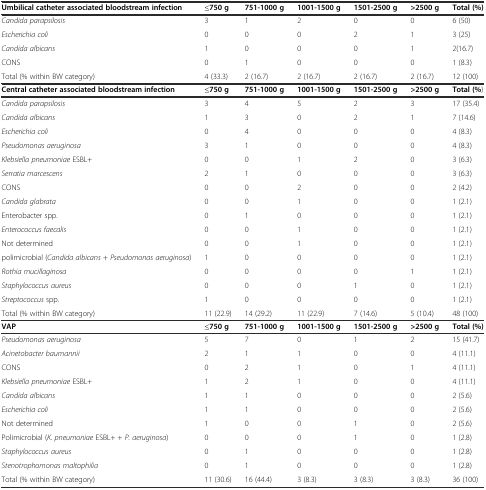
<table><thead><tr><td><b>Umbilical catheter associated bloodstream infection</b></td><td><b>≤750 g</b></td><td><b>751-1000 g</b></td><td><b>1001-1500 g</b></td><td><b>1501-2500 g</b></td><td><b>&gt;2500 g</b></td><td><b>Total (%)</b></td></tr></thead><tbody><tr><td><i>Candida parapsilosis</i></td><td>3</td><td>1</td><td>2</td><td>0</td><td>0</td><td>6 (50)</td></tr><tr><td><i>Escherichia coli</i></td><td>0</td><td>0</td><td>0</td><td>2</td><td>1</td><td>3 (25)</td></tr><tr><td><i>Candida albicans</i></td><td>1</td><td>0</td><td>0</td><td>0</td><td>1</td><td>2(16.7)</td></tr><tr><td>CONS</td><td>0</td><td>1</td><td>0</td><td>0</td><td>0</td><td>1 (8.3)</td></tr><tr><td>Total (% within BW category)</td><td>4 (33.3)</td><td>2 (16.7)</td><td>2 (16.7)</td><td>2 (16.7)</td><td>2 (16.7)</td><td>12 (100)</td></tr><tr><td><b>Central catheter associated bloodstream infection</b></td><td><b>≤750 g</b></td><td><b>751-1000 g</b></td><td><b>1001-1500 g</b></td><td><b>1501-2500 g</b></td><td><b>&gt;2500 g</b></td><td><b>Total (%</b>)</td></tr><tr><td><i>Candida parapsilosis</i></td><td>3</td><td>4</td><td>5</td><td>2</td><td>3</td><td>17 (35.4)</td></tr><tr><td><i>Candida albicans</i></td><td>1</td><td>3</td><td>0</td><td>2</td><td>1</td><td>7 (14.6)</td></tr><tr><td><i>Escherichia coli</i></td><td>0</td><td>4</td><td>0</td><td>0</td><td>0</td><td>4 (8.3)</td></tr><tr><td><i>Pseudomonas aeruginosa</i></td><td>3</td><td>1</td><td>0</td><td>0</td><td>0</td><td>4 (8.3)</td></tr><tr><td><i>Klebsiella pneumoniae</i> ESBL+</td><td>0</td><td>0</td><td>1</td><td>2</td><td>0</td><td>3 (6.3)</td></tr><tr><td><i>Serratia marcescens</i></td><td>2</td><td>1</td><td>0</td><td>0</td><td>0</td><td>3 (6.3)</td></tr><tr><td>CONS</td><td>0</td><td>0</td><td>2</td><td>0</td><td>0</td><td>2 (4.2)</td></tr><tr><td><i>Candida glabrata</i></td><td>0</td><td>0</td><td>1</td><td>0</td><td>0</td><td>1 (2.1)</td></tr><tr><td>Enterobacter spp.</td><td>0</td><td>1</td><td>0</td><td>0</td><td>0</td><td>1 (2.1)</td></tr><tr><td><i>Enterococcus faecalis</i></td><td>0</td><td>0</td><td>1</td><td>0</td><td>0</td><td>1 (2.1)</td></tr><tr><td>Not determined</td><td>0</td><td>0</td><td>1</td><td>0</td><td>0</td><td>1 (2.1)</td></tr><tr><td>polimicrobial (<i>Candida albicans</i> + <i>Pseudomonas aeruginosa</i>)</td><td>1</td><td>0</td><td>0</td><td>0</td><td>0</td><td>1 (2.1)</td></tr><tr><td><i>Rothia mucillaginosa</i></td><td>0</td><td>0</td><td>0</td><td>0</td><td>1</td><td>1 (2.1)</td></tr><tr><td><i>Staphylococcus aureus</i></td><td>0</td><td>0</td><td>0</td><td>1</td><td>0</td><td>1 (2.1)</td></tr><tr><td><i>Streptococcus</i> spp.</td><td>1</td><td>0</td><td>0</td><td>0</td><td>0</td><td>1 (2.1)</td></tr><tr><td>Total (% within BW category)</td><td>11 (22.9)</td><td>14 (29.2)</td><td>11 (22.9)</td><td>7 (14.6)</td><td>5 (10.4)</td><td>48 (100)</td></tr><tr><td><b>VAP</b></td><td><b>≤750 g</b></td><td><b>751-1000 g</b></td><td><b>1001-1500 g</b></td><td><b>1501-2500 g</b></td><td><b>&gt;2500 g</b></td><td><b>Total (%)</b></td></tr><tr><td><i>Pseudomonas aeruginosa</i></td><td>5</td><td>7</td><td>0</td><td>1</td><td>2</td><td>15 (41.7)</td></tr><tr><td><i>Acinetobacter baumannii</i></td><td>2</td><td>1</td><td>1</td><td>0</td><td>0</td><td>4 (11.1)</td></tr><tr><td>CONS</td><td>0</td><td>2</td><td>1</td><td>0</td><td>1</td><td>4 (11.1)</td></tr><tr><td><i>Klebsiella pneumoniae</i> ESBL+</td><td>1</td><td>2</td><td>1</td><td>0</td><td>0</td><td>4 (11.1)</td></tr><tr><td><i>Candida albicans</i></td><td>1</td><td>1</td><td>0</td><td>0</td><td>0</td><td>2 (5.6)</td></tr><tr><td><i>Escherichia coli</i></td><td>1</td><td>1</td><td>0</td><td>0</td><td>0</td><td>2 (5.6)</td></tr><tr><td>Not determined</td><td>1</td><td>0</td><td>0</td><td>1</td><td>0</td><td>2 (5.6)</td></tr><tr><td>Polimicrobial (<i>K. pneumoniae</i> ESBL+ + <i>P. aeruginosa</i>)</td><td>0</td><td>0</td><td>0</td><td>1</td><td>0</td><td>1 (2.8)</td></tr><tr><td><i>Staphylococcus aureus</i></td><td>0</td><td>1</td><td>0</td><td>0</td><td>0</td><td>1 (2.8)</td></tr><tr><td><i>Stenotrophomonas maltophilia</i></td><td>0</td><td>1</td><td>0</td><td>0</td><td>0</td><td>1 (2.8)</td></tr><tr><td>Total (% within BW category)</td><td>11 (30.6)</td><td>16 (44.4)</td><td>3 (8.3)</td><td>3 (8.3)</td><td>3 (8.3)</td><td>36 (100)</td></tr></tbody></table>